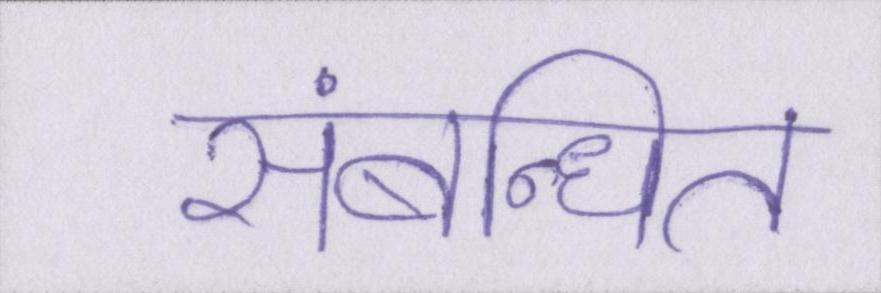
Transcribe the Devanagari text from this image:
संबन्धित